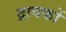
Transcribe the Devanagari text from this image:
द्रावकों